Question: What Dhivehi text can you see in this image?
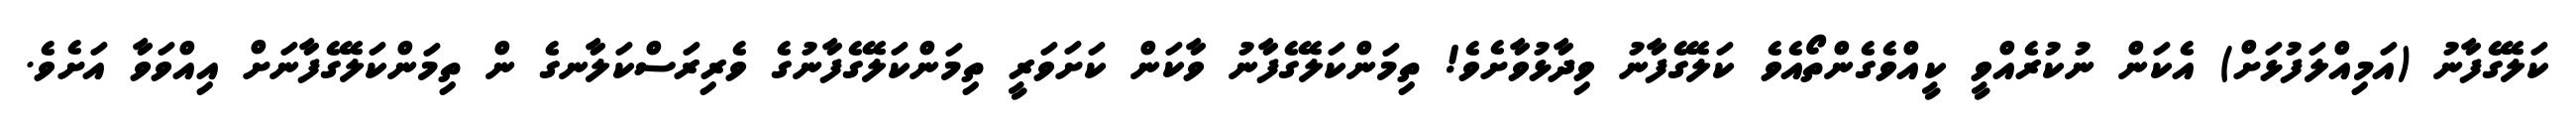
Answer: ކަލޭގެފާނު (އަމިއްލަފުޅަށް) އެކަން ނުކުރެއްވީ ކީއްވެގެންތޯއެވެ ކަލޭގެފާނު ވިދާޅުވާށެވެ! ތިމަންކަލޭގެފާނު ވާކަން ކަށަވަރީ ތިމަންކަލޭގެފާނުގެ ވެރިރަސްކަލާނގެ ން ތިމަންކަލޭގެފާނަށް އިއްވަވާ އަށެވެ.